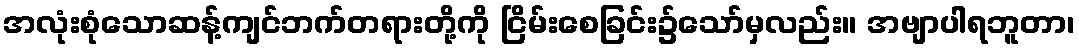
အလုံးစုံသောဆန့်ကျင်ဘက်တရားတို့ကို ငြိမ်းစေခြင်း၌သော်မှလည်း။ အဗျာပါရဘူတာ၊